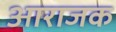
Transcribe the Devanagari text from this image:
आराजक